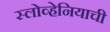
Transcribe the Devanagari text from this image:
स्लोव्हेनियाची